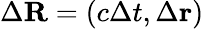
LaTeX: \Delta\mathbf{R}=\left(c\Delta t,\Delta\mathbf{r}\right)